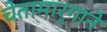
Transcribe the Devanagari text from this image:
चेतामार्गाने